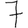
Digit: 7